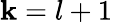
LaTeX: \mathbf{k}=l+1